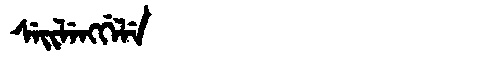
Manchu: ᠰᡝᡳᠯᡝᠩᡤᡝᠯᡝ
Romanization: SEILENGGELE